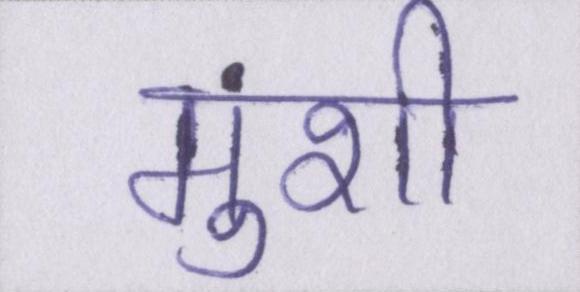
मुंशी